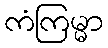
ကံကြမ္မာ